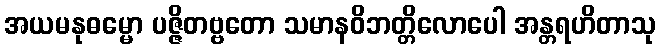
အယမနုဓမ္မော ပဇ္ဇိတဗ္ဗတော သမာနဝိဘတ္တိလောပေါ အန္တရဟိတာသု